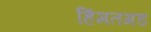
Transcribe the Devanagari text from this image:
हिंमतगड